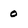
Character: 0